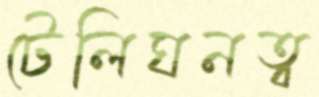
টেলিঘনত্ব